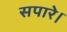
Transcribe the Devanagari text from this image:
सपारे।